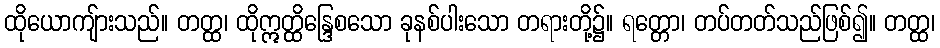
ထိုယောကျ်ားသည်။ တတ္ထ၊ ထိုဣတ္ထိန္ဒြေစသော ခုနစ်ပါးသော တရားတို့၌။ ရတ္တော၊ တပ်တတ်သည်ဖြစ်၍။ တတ္ထ၊